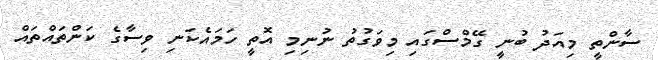
ސާންތީ މިއަދު ބުނީ ގޭމްސްގައި މިވަގުތު ނުނިމި އޮތީ ހަމައެކަނި ވިސާގެ ކަންތައްތައް